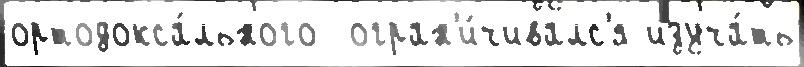
ортодокса́льного  огран'и́чивалс'я изуча́ть